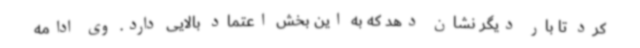
کرد تا بار دیگر نشان دهد که به این بخش اعتماد بالایی دارد. وی ادامه